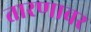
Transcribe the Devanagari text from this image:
तारणावर